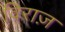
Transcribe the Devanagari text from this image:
विराज़